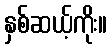
နှစ်ဆယ့်ကိုး။